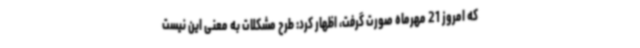
که امروز 21 مهرماه صورت گرفت، اظهار کرد: طرح مشکلات به معنی این نیست